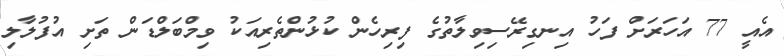
އެއީ 77 އަހަރަށް ފަހު އިނގިރޭސިވިލާތުގެ ފިރިހެން ކުޅުންތެރިއަކު ވިމްބަލްޑަން ތަށި އުފުލާލި